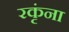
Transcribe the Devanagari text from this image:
रकृंना